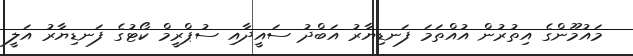
މައުމޫންގެ އިތުރުން އުއްތަމަ ފަނޑިޔާރު އަބްދު ސައީދާއި ސުޕްރީމް ކޯޓުގެ ފަނޑިޔާރު އަލީ